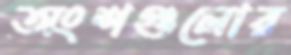
অংশগুলোর